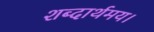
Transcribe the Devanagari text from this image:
शब्दार्थमय।